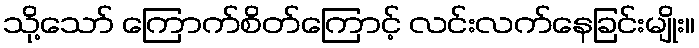
သို့သော် ကြောက်စိတ်ကြောင့် လင်းလက်နေခြင်းမျိုး။